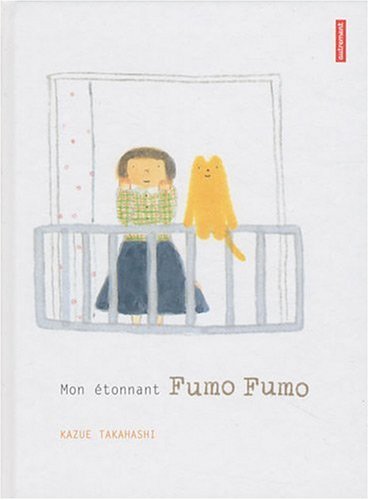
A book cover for Mon ÃEÂ©tonnant Fumo Fumo (French Edition); Kazue Takahashi; Comics & Graphic Novels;